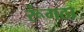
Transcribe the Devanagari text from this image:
रूंगठा